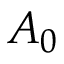
A _ { 0 }